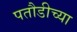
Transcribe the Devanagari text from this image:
पतौडीच्या